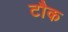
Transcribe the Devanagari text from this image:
टौक